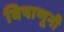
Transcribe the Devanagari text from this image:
विषाणूनी